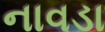
નાવડા